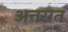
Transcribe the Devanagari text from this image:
अत्तरात